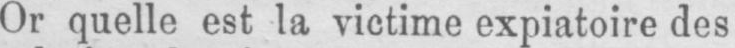
Or quelle est la victime expiatoire des